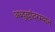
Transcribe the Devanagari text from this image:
अब्दुल्लांदरम्यान